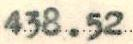
438.52